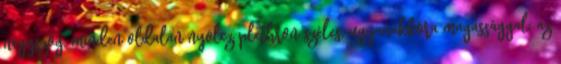
négyszög, minden oldalán nyolcz plethron széles, ugyanakkora magassággal; az